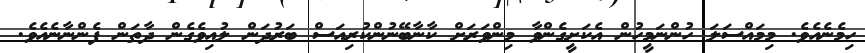
ހިމެނެއެވެ. މިމައްސަލަ ހުންނަމީހުން އެކަށީގެންވާ މިންވަރަށް ކާނާބޭނުންކުރިއަސް ބަރުދަން ލުއިވެގެން ދާތަން ފެންނާނެއެވެ.